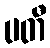
ပတီ